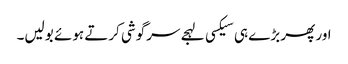
اور پھر بڑے ہی سیکسی لہجے سرگوشی کرتے ہوئے بولیں۔